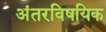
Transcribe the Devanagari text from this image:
अंतरविषयिक